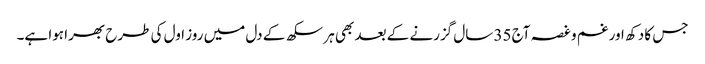
جس کا دکھ اور غم و غصہ آج 35 سال گزرنے کے بعد بھی ہر سکھ کے دل میں روز اول کی طرح بھرا ہوا ہے۔